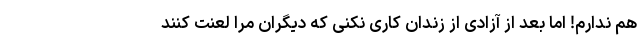
هم ندارم! اما بعد از آزادی از زندان کاری نکنی که دیگران مرا لعنت کنند